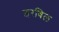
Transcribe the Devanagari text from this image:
इरबिल